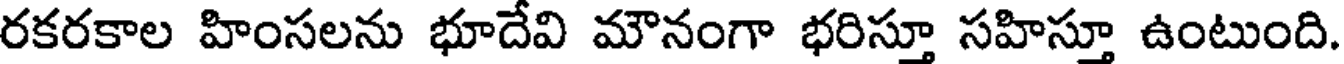
రకరకాల హింసలను భూదేవి మౌనంగా భరిస్తూ సహిస్తూ ఉంటుంది